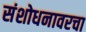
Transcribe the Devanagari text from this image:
संशोधनावरचा